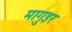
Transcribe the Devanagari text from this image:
मागुइर